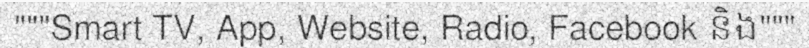
"""Smart TV, App, Website, Radio, Facebook និង"""